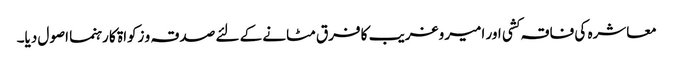
معاشرہ کی فاقہ کشی اور امیر وغریب کا فرق مٹانے کے لئے صدقہ و زکواۃ کا رہنما اصول دیا۔